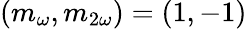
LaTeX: (m_{\omega},m_{2\omega})=(1,-1)